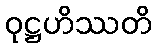
ဝုဋ္ဌဟိဿတိ